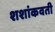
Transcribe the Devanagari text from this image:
शशांकवती